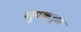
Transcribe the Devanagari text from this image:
ग्रुपकडून